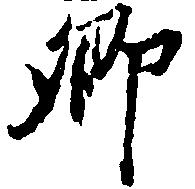
郷